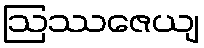
ဩဿဇေယျ